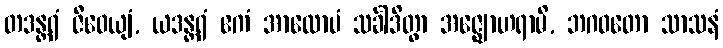
တဒန္တရံ ဇီဝေယျံ, ယဒန္တရံ ဧကံ အာလောပံ သင်္ခါဒိတွာ အဇ္ဈောဟရာမိ, ဘဂဝတော သာသနံ